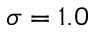
\sigma = 1 . 0